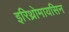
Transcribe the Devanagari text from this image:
इरिथ्रोमायसिन